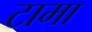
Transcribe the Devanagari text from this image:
टामा